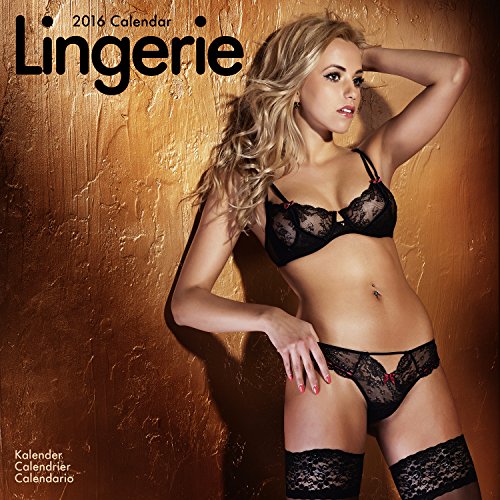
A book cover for Lingerie Calendar - 2016 Wall calendars - Pin up Girl Calendar - Sexy Calendar - Monthly Wall Calendar by Avonside; MegaCalendars; Calendars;